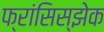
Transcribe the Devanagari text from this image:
फ्रांसिस्झेक